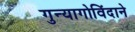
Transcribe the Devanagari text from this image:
गुन्यागोविंदाने